Scottish Leaving Certificate Examination, 1957
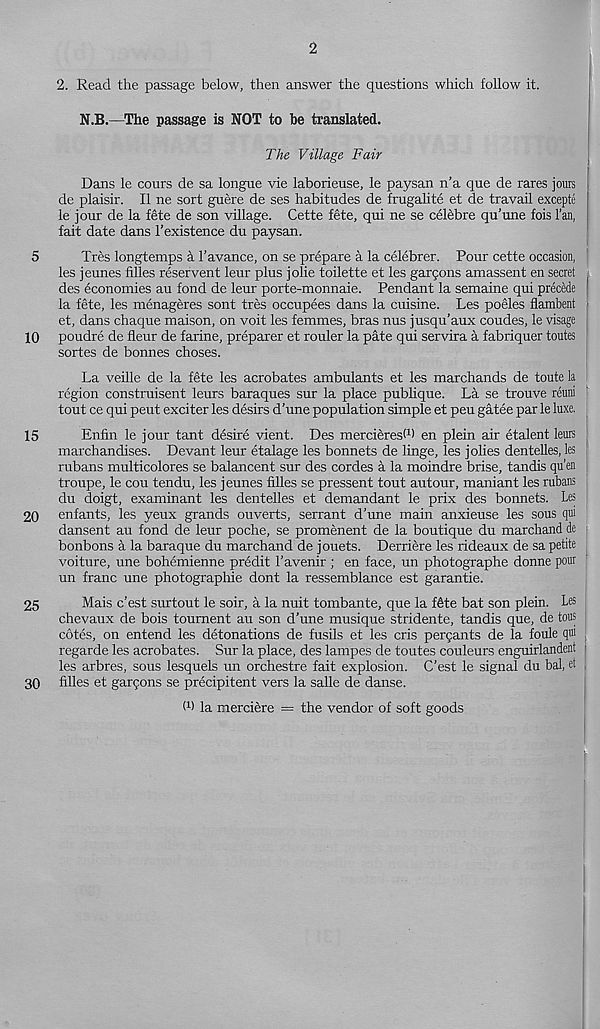
5
10
15
20
25
30
2
2. Read the passage below, then answer the questions which follow it.
N.B.—The passage is NOT to be translated.
The Village Fair
Dans le cours de sa longue vie laborieuse, le paysan n’a que de rares jours
de plaisir. II ne sort guere de ses habitudes de frugahte et de travail excepte
le jour de la fete de son village. Cette fete, qui ne se celebre qu’une fois Tan,
fait date dans I’existence du paysan.
Tres longtemps a 1’avance, on se prepare a la celebrer. Pour cette occasion,
les jeunes filles reservent leur plus jolie toilette et les gargons amassent en secret ;
des economies au fond de leur porte-monnaie. Pendant la semaine qui precede
la fete, les menageres sont tres occupees dans la cuisine. Les poeles flambent ■
et, dans chaque maison, on voit les femmes, bras nus jusqu’aux coudes, le visage
poudre de fleur de farine, preparer et rouler la pate qui servira a fabriquer toutes
sortes de bonnes choses.
La veille de la fete les acrobates ambulants et les marchands de toute la
region construisent leurs baraques sur la place publique. La se trouve reuni
tout ce qui peut exciter les desks d’une population simple et peu gatee par le luxe.
Enfin le jour tant desire vient. Des mercieresW en plein air etalent leurs
marchandises. Devant leur etalage les bonnets de linge, les jolies dentelles, les
rubans multicolores se balancent sur des cordes a la moindre brise, tandis qu’en
troupe, le cou tendu, les jeunes filles se pressent tout autour, maniant les rubans
du doigt, examinant les dentelles et demandant le prix des bonnets. Les
enfants, les yeux grands ouverts, serrant d’une main anxieuse les sous qui
dansent au fond de leur poche, se promenent de la boutique du marchand de
bonbons a la baraque du marchand de jouets. Derriere les rideaux de sa petite
voiture, une bohemienne predit 1’avenir ; en face, un photographe donne pour
un franc une photographic dont la ressemblance est garantie.
Mais c’est surtout le soir, a la nuit tombante, que la f6te bat son plein. Les
chevaux de bois toument au son d’une musique stridente, tandis que, de tous
cotes, on entend les detonations de fusils et les cris pergants de la foule qui ,
regarde les acrobates. Sur la place, des lampes de toutes couleurs enguirlandent 1
les arbres, sous lesquels un orchestre fait explosion. C’est le signal du bal, et ,
filles et gargons se precipitent vers la salle de danse.
W la merciere = the vendor of soft goods